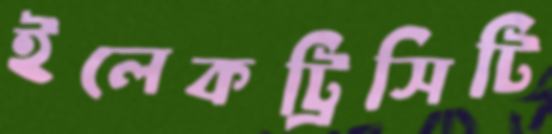
ইলেকট্রিসিটি